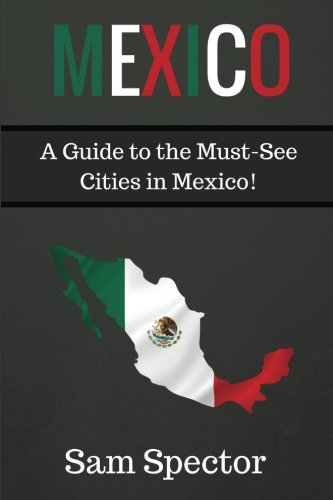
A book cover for Mexico: A Guide to the Must-See Cities in Mexico!; Sam Spector; Travel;